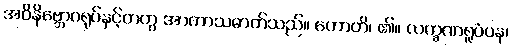
အဝိနိဗ္ဘောဂရုပ်နှင့်တကွ အာကာသဓာတ်သည်။ ဟောတိ၊ ၏။ လက္ခဏရူပံပန၊